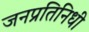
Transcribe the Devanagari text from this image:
जनप्रतिनिधी